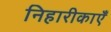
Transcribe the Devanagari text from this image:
निहारीकाएँ